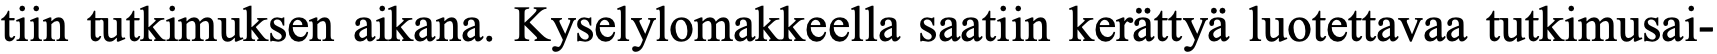
tiin tutkimuksen aikana. Kyselylomakkeella saatiin kerättyä luotettavaa tutkimusai-